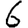
Digit: 6